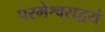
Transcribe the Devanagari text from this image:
परमेश्वराद्वयं